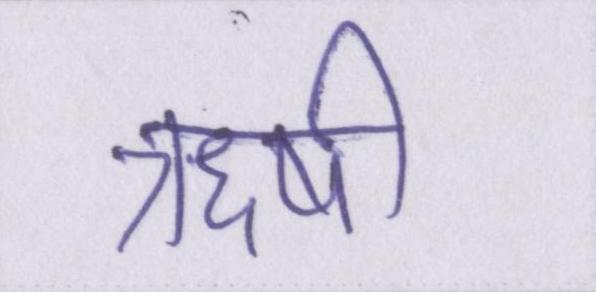
ऋषी